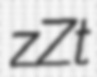
zZt